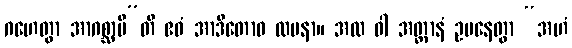
ဂဟေတွာ အာဂစ္ဆာမီ”တိ ဧဝံ အာဒိတောဝ လပနာ။ အထ ဝါ အတ္တာနံ ဥပနေတွာ “အဟံ